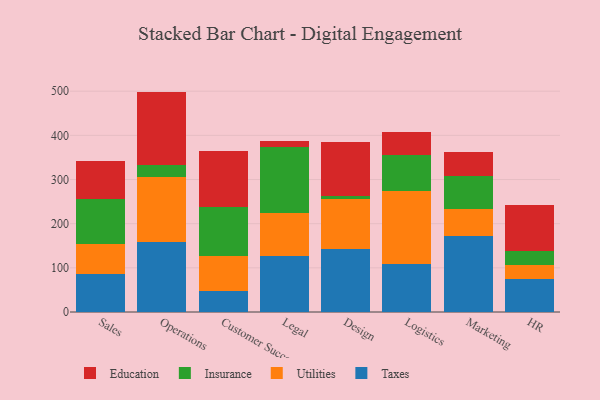
{"axis": {"x": "Department", "y": "Gross Profit (USD K)"}, "legend": ["Education", "Insurance", "Taxes", "Utilities"], "data": [{"x": "Sales", "y": 86.9, "type": "Taxes"}, {"x": "Sales", "y": 68.0, "type": "Utilities"}, {"x": "Sales", "y": 101.0, "type": "Insurance"}, {"x": "Sales", "y": 86.8, "type": "Education"}, {"x": "Operations", "y": 158.1, "type": "Taxes"}, {"x": "Operations", "y": 147.5, "type": "Utilities"}, {"x": "Operations", "y": 28.0, "type": "Insurance"}, {"x": "Operations", "y": 165.5, "type": "Education"}, {"x": "Customer Success", "y": 46.7, "type": "Taxes"}, {"x": "Customer Success", "y": 80.3, "type": "Utilities"}, {"x": "Customer Success", "y": 111.7, "type": "Insurance"}, {"x": "Customer Success", "y": 124.8, "type": "Education"}, {"x": "Legal", "y": 126.3, "type": "Taxes"}, {"x": "Legal", "y": 98.0, "type": "Utilities"}, {"x": "Legal", "y": 148.4, "type": "Insurance"}, {"x": "Legal", "y": 13.7, "type": "Education"}, {"x": "Design", "y": 143.5, "type": "Taxes"}, {"x": "Design", "y": 111.4, "type": "Utilities"}, {"x": "Design", "y": 7.0, "type": "Insurance"}, {"x": "Design", "y": 122.4, "type": "Education"}, {"x": "Logistics", "y": 108.0, "type": "Taxes"}, {"x": "Logistics", "y": 165.3, "type": "Utilities"}, {"x": "Logistics", "y": 81.3, "type": "Insurance"}, {"x": "Logistics", "y": 52.9, "type": "Education"}, {"x": "Marketing", "y": 172.4, "type": "Taxes"}, {"x": "Marketing", "y": 61.4, "type": "Utilities"}, {"x": "Marketing", "y": 73.2, "type": "Insurance"}, {"x": "Marketing", "y": 55.5, "type": "Education"}, {"x": "HR", "y": 75.4, "type": "Taxes"}, {"x": "HR", "y": 32.0, "type": "Utilities"}, {"x": "HR", "y": 30.3, "type": "Insurance"}, {"x": "HR", "y": 103.5, "type": "Education"}]}